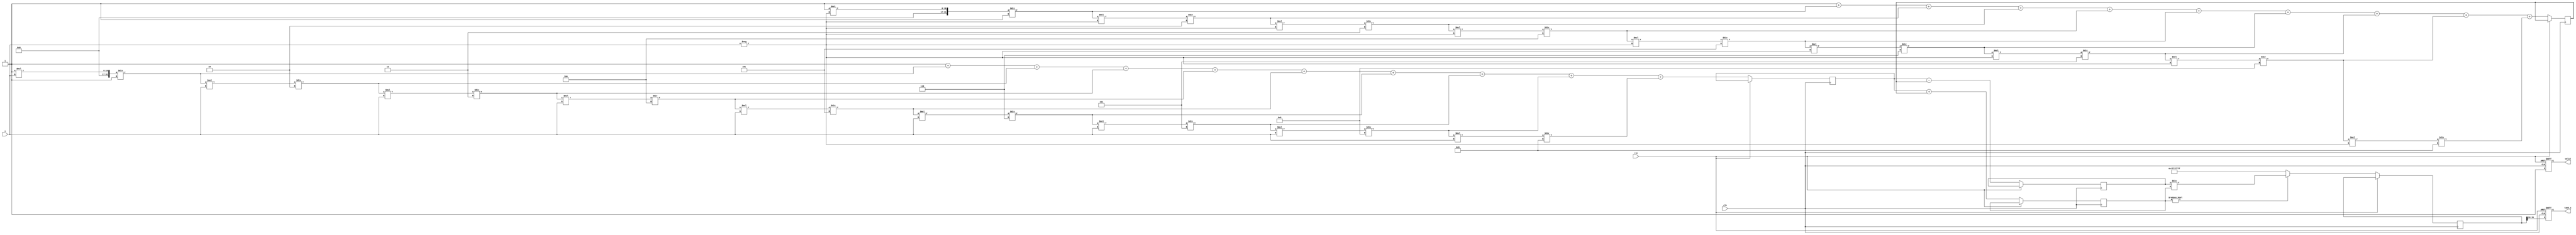
module tanh_block (
    input wire clk,
    input wire rst,
    input wire [15:0] x,         // Input signal (fixed-point representation)
    output reg [15:0] tanh_x,    // Output signal (fixed-point representation)
    output reg valid              // Output valid signal
);

    // Parameters
    parameter WIDTH = 16;         // Width of the input and output signals

    // Internal signals
    reg [31:0] exp_x;             // e^x
    reg [31:0] exp_neg_x;         // e^(-x)
    reg [31:0] numerator;          // e^x - e^(-x)
    reg [31:0] denominator;        // e^x + e^(-x)
    reg [31:0] division_result;    // Result of numerator / denominator

    // Taylor series for e^x approximation
    function [31:0] exp_approx;
        input [15:0] x;
        reg [31:0] result;
        reg [31:0] term;
        integer i;
        begin
            result = 32'h00000001; // e^0 = 1
            term = 32'h00000001;   // First term of Taylor series

            for (i = 1; i < 10; i = i + 1) begin
                term = (term * x) / i; // x^i / i!
                result = result + term; // Accumulate
            end
            exp_approx = result;
        end
    endfunction

    // Main process
    always @(posedge clk or posedge rst) begin
        if (rst) begin
            tanh_x <= 0;
            valid <= 0;
        end else begin
            // Calculate e^x and e^(-x)
            exp_x <= exp_approx(x);
            exp_neg_x <= exp_approx(-x);

            // Calculate numerator and denominator
            numerator <= exp_x - exp_neg_x; // e^x - e^(-x)
            denominator <= exp_x + exp_neg_x; // e^x + e^(-x)

            // Handle division and saturation
            if (denominator != 0) begin
                division_result <= numerator / denominator;
            end else begin
                division_result <= 32'h7FFFFFFF; // Saturate to 1
            end

            // Scale result to fit in fixed-point representation
            tanh_x <= division_result[31:16]; // Assuming we need the top 16 bits
            valid <= 1;
        end
    end

endmodule